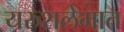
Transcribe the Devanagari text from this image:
यरुशलेमात